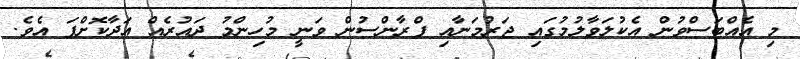
މި އެއްބަސްވުން އެކުލަވާލުމުގައި ޖަރުމަނާއި ފްރާންސުން ވަނީ މުހިންމު ދައުރެއް އަދާކޮށްފަ އެެވެ.